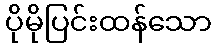
ပိုမိုပြင်းထန်သော